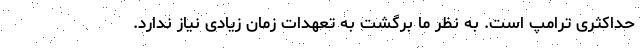
حداکثری ترامپ است. به نظر ما برگشت به تعهدات زمان زیادی نیاز ندارد.